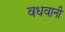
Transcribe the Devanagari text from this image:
वधवानी